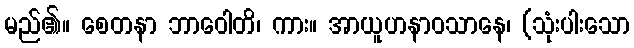
မည်၏။ စေတနာ ဘာဝေါတိ၊ ကား။ အာယူဟနာဝသာနေ၊ (သုံးပါးသော